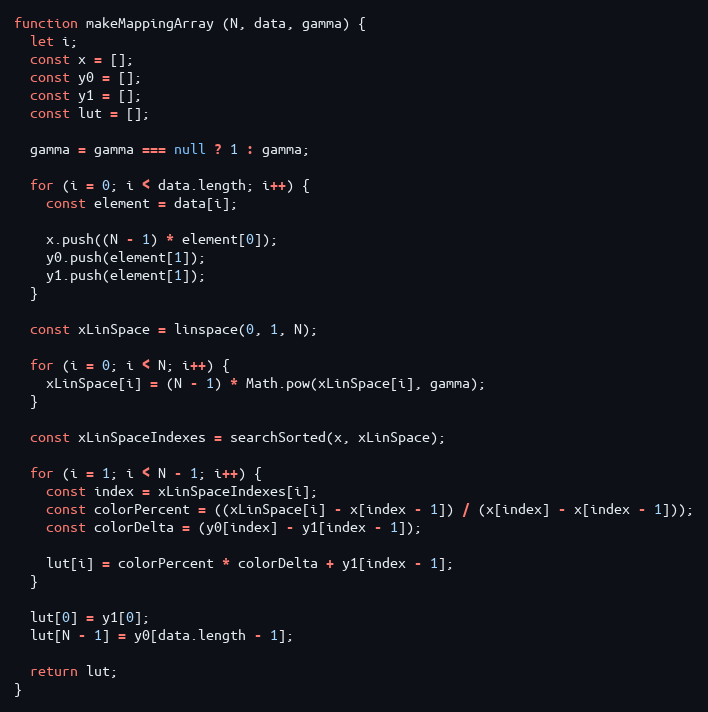
Language: JavaScript
function makeMappingArray (N, data, gamma) {
  let i;
  const x = [];
  const y0 = [];
  const y1 = [];
  const lut = [];

  gamma = gamma === null ? 1 : gamma;

  for (i = 0; i < data.length; i++) {
    const element = data[i];

    x.push((N - 1) * element[0]);
    y0.push(element[1]);
    y1.push(element[1]);
  }

  const xLinSpace = linspace(0, 1, N);

  for (i = 0; i < N; i++) {
    xLinSpace[i] = (N - 1) * Math.pow(xLinSpace[i], gamma);
  }

  const xLinSpaceIndexes = searchSorted(x, xLinSpace);

  for (i = 1; i < N - 1; i++) {
    const index = xLinSpaceIndexes[i];
    const colorPercent = ((xLinSpace[i] - x[index - 1]) / (x[index] - x[index - 1]));
    const colorDelta = (y0[index] - y1[index - 1]);

    lut[i] = colorPercent * colorDelta + y1[index - 1];
  }

  lut[0] = y1[0];
  lut[N - 1] = y0[data.length - 1];

  return lut;
}